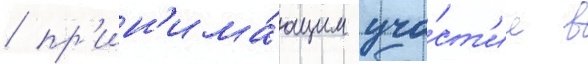
/ пр'ин'има́ющим уча́ст'ие в